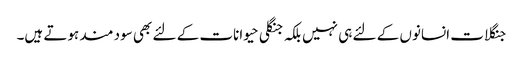
جنگلات انسانوں کے لئے ہی نہیں بلکہ جنگلی حیوانات کے لئے بھی سود مند ہوتے ہیں۔